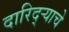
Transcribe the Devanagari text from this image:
दारिद्‌ऱ्याचे